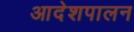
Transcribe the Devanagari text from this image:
आदेशपालन